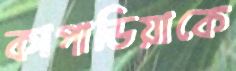
কাপাডিয়াকে